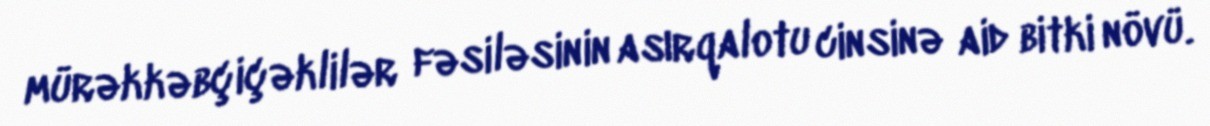
mürəkkəbçiçəklilər fəsiləsinin asırqalotu cinsinə aid bitki növü.